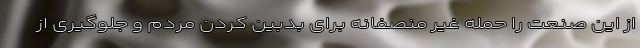
از این صنعت را حمله غیر منصفانه برای بدبین کردن مردم و جلوگیری از